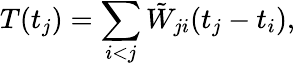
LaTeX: T(t_{j})=\sum_{i<j}\tilde{W}_{ji}(t_{j}-t_{i}),